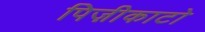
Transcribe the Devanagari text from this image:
पिज़ीकाटो